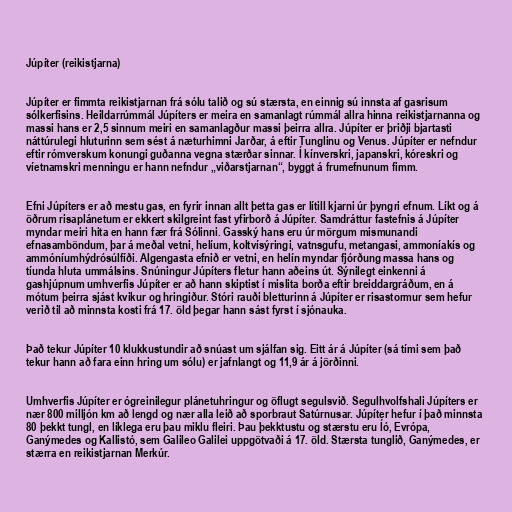
Júpíter (reikistjarna)

Júpíter er fimmta reikistjarnan frá sólu talið og sú stærsta, en einnig sú innsta af gasrisum
sólkerfisins. Heildarrúmmál Júpíters er meira en samanlagt rúmmál allra hinna reikistjarnanna og
massi hans er 2,5 sinnum meiri en samanlagður massi þeirra allra. Júpíter er þriðji bjartasti
náttúrulegi hluturinn sem sést á næturhimni Jarðar, á eftir Tunglinu og Venus. Júpíter er nefndur
eftir rómverskum konungi guðanna vegna stærðar sinnar. Í kínverskri, japanskri, kóreskri og
víetnamskri menningu er hann nefndur „viðarstjarnan“, byggt á frumefnunum fimm.

Efni Júpíters er að mestu gas, en fyrir innan allt þetta gas er lítill kjarni úr þyngri efnum. Líkt og á
öðrum risaplánetum er ekkert skilgreint fast yfirborð á Júpíter. Samdráttur fastefnis á Júpíter
myndar meiri hita en hann fær frá Sólinni. Gasský hans eru úr mörgum mismunandi
efnasamböndum, þar á meðal vetni, helíum, koltvísýringi, vatnsgufu, metangasi, ammoníakís og
ammóníumhýdrósúlfíði. Algengasta efnið er vetni, en helín myndar fjórðung massa hans og
tíunda hluta ummálsins. Snúningur Júpíters fletur hann aðeins út. Sýnilegt einkenni á
gashjúpnum umhverfis Júpíter er að hann skiptist í mislita borða eftir breiddargráðum, en á
mótum þeirra sjást kvikur og hringiður. Stóri rauði bletturinn á Júpíter er risastormur sem hefur
verið til að minnsta kosti frá 17. öld þegar hann sást fyrst í sjónauka.

Það tekur Júpíter 10 klukkustundir að snúast um sjálfan sig. Eitt ár á Júpíter (sá tími sem það
tekur hann að fara einn hring um sólu) er jafnlangt og 11,9 ár á jörðinni.

Umhverfis Júpíter er ógreinilegur plánetuhringur og öflugt segulsvið. Segulhvolfshali Júpíters er
nær 800 milljón km að lengd og nær alla leið að sporbraut Satúrnusar. Júpíter hefur í það minnsta
80 þekkt tungl, en líklega eru þau miklu fleiri. Þau þekktustu og stærstu eru Íó, Evrópa,
Ganýmedes og Kallistó, sem Galileo Galilei uppgötvaði á 17. öld. Stærsta tunglið, Ganýmedes, er
stærra en reikistjarnan Merkúr.